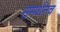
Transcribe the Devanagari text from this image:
समर्थनच